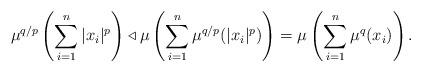
LaTeX: \begin{align*} \mu^{q/p}\left(\sum_{i=1}^n |x_i|^p\right)\triangleleft \mu\left(\sum_{i=1}^n \mu^{q/p}(|x_i|^p)\right)= \mu\left(\sum_{i=1}^n \mu^q(x_i)\right). \end{align*}